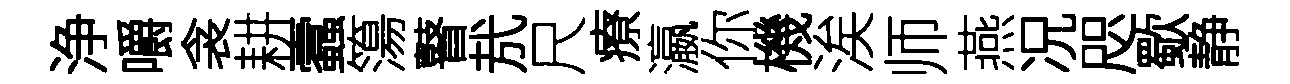
浄嚼衾耕蠧簜瞽㢤尺療瀛你機涘师燕况咫歜静